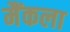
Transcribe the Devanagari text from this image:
मैंकला